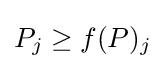
P_{j}\geq f(P)_{j}